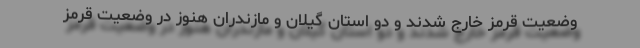
وضعیت قرمز خارج شدند و دو استان گیلان و مازندران هنوز در وضعیت قرمز